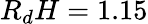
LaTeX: R_{d}H=1.15